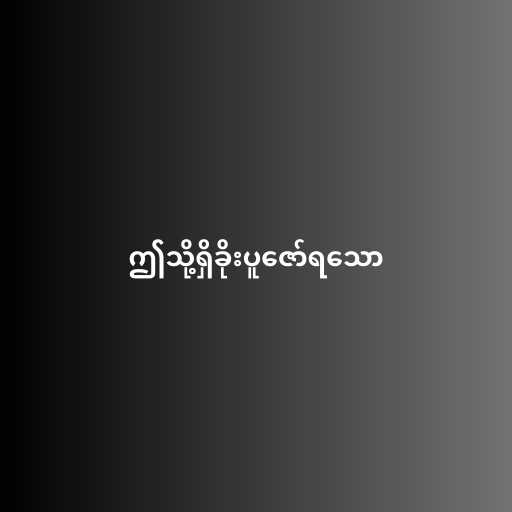
ဤသို့ရှိခိုးပူဇော်ရသော